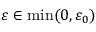
\varepsilon \in \operatorname* { m i n } ( 0 , \varepsilon _ { 0 } )